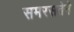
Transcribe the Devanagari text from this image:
समरसतेने